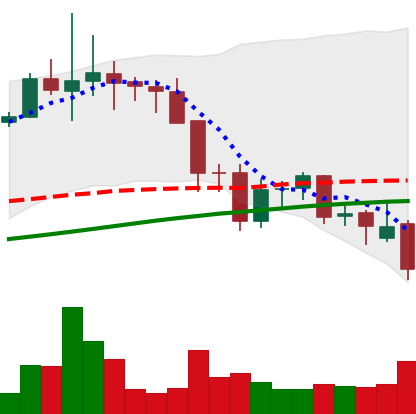
Ticker: LINK-USD
Chart end date: 2021-11-26
Forward return: 6.287%
Label: up_5_7